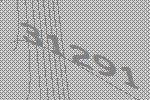
31291